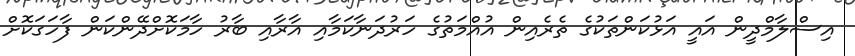
އިސްލާމްދީން އައީ އަޅުކަންތަކުގެ ތެރެއިން އުއްމަތުގެ ހަރުދަނާކަމާއި އާރާއި ބާރު ހާމަކޮށްދޭންކަން ފާހަގަކޮށް